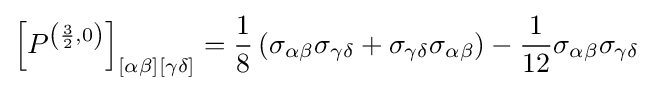
\left[P^{\left({\frac {3}{2}},0\right)}\right]_{[\alpha \beta ][\gamma \delta ]}={\frac {1}{8}}\left(\sigma _{\alpha \beta }\sigma _{\gamma \delta }+\sigma _{\gamma \delta }\sigma _{\alpha \beta }\right)-{\frac {1}{12}}\sigma _{\alpha \beta }\sigma _{\gamma \delta }